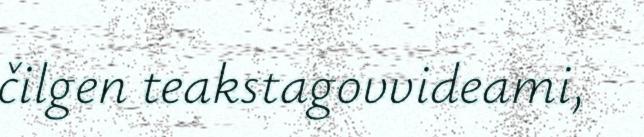
čilgen teakstagovvideami,